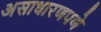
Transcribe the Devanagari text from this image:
असाधारणपणे